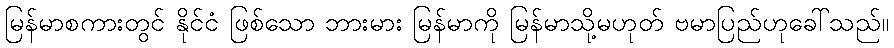
မြန်မာစကားတွင် နိုင်ငံ ဖြစ်သော ဘားမား မြန်မာကို မြန်မာသို့မဟုတ် ဗမာပြည်ဟုခေါ်သည်။